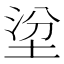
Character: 𡌂